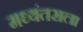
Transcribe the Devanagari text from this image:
मध्यंतराला